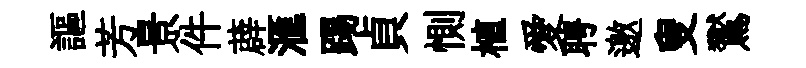
謳芳景件薜滙踢貞惻植愛聘邀叟鸑